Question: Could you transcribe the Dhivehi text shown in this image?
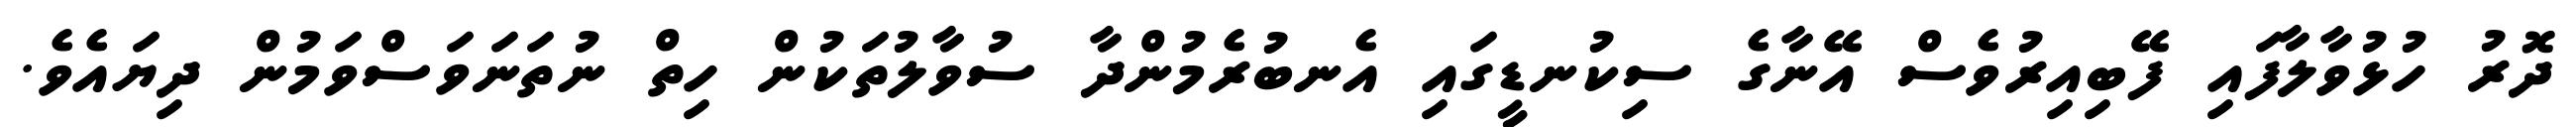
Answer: ދޮރު ހުޅުވާލާފައި ފޭބިއިރުވެސް އޭނާގެ ސިކުނޑީގައި އެނބުރެމުންދާ ސުވާލުތަކުން ހިތް ނުތަނަވަސްވަމުން ދިޔައެވެ.